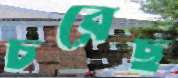
চরেছ